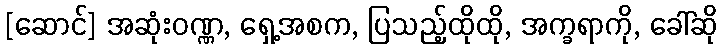
[ဆောင်] အဆုံးဝဏ္ဏ, ရှေ့အစက, ပြသည့်ထိုထို, အက္ခရာကို, ခေါ်ဆို